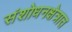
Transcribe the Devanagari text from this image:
संशोधनक्षेत्रात